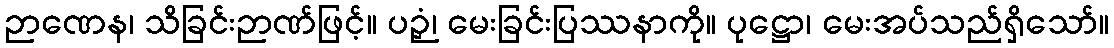
ဉာဏေန၊ သိခြင်းဉာဏ်ဖြင့်။ ပဉှံ၊ မေးခြင်းပြဿနာကို။ ပုဋ္ဌော၊ မေးအပ်သည်ရှိသော်။